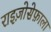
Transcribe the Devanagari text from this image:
राइज़ोसेफ़ाला